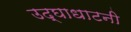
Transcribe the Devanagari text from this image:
उद्घाधाटनी